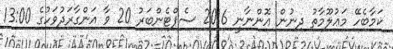
ކަމާބެހޭ މަޢުލޫމާތު ދިނުން އޮންނާނީ 2016 ސެޕްޓެންބަރު 20 ވާ އަންގާރަދުވަހުގެ 13:00